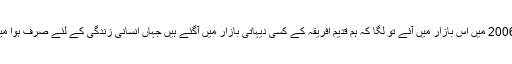
ہم جب 2006 میں اس بازار میں آئے تو لگا کہ ہم قدیم افریقہ کے کسی دیہاتی بازار میں آگئے ہیں جہاں انسانی زندگی کے لئے صرف ہوا میسر تھی۔